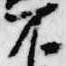
不